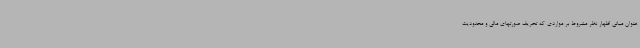
عنوان مبانی اظهار نظر مشروط بر مواردی که تحریف صورتهای مالی و محدودیت